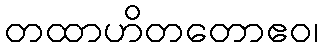
တထာဟိတတောဧဝ၊